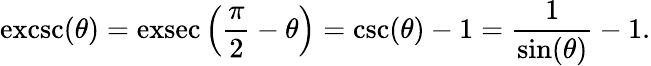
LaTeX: \operatorname{excsc}(\theta)=\operatorname{exsec}\left({\frac{\pi}{2}}-\theta\right)=\csc(\theta)-1={\frac{1}{\sin(\theta)}}-1.